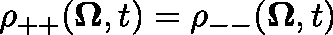
\rho _ { + + } ( \mathbf { \Omega } , t ) = \rho _ { -- } ( \mathbf { \Omega } , t )